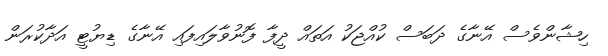
ހިޝާންވެސް އޭނާގެ ދަބަސް ކުއްޖަކު އަތައް ދީފާ ފޮނުވާލައިފައި އޭނާގެ ޑިޔުޓީ އަދާކުރަން